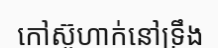
កៅស៊ូហាក់នៅទ្រឹង